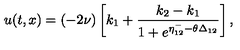
u ( t , x ) = ( - 2 \nu ) \left[ k _ { 1 } + \frac { k _ { 2 } - k _ { 1 } } { 1 + e ^ { \eta _ { 1 2 } ^ { - } - \theta \Delta _ { 1 2 } } } \right] ,